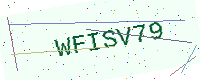
Text: WFISV79